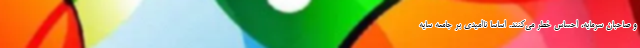
و صاحبان سرمایه، احساس خطر می‌کنند. اساساً ناامیدی بر جامعه سایه